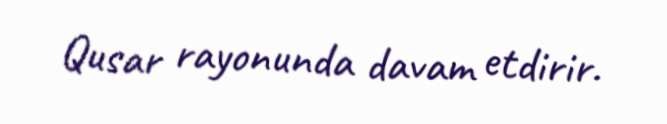
Qusar rayonunda davam etdirir.